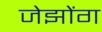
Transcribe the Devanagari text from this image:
जेझोंग